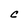
Character: c